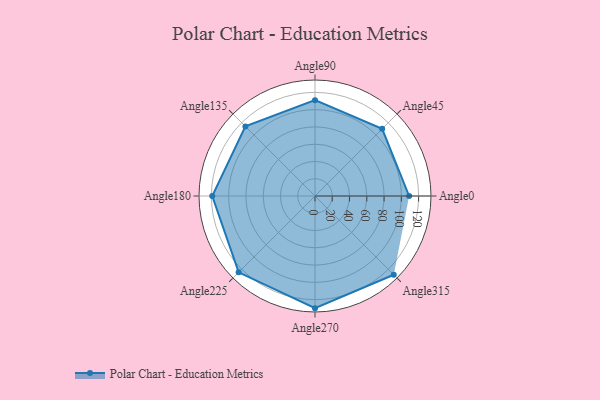
{"axis": {"x": "Angle", "y": "Radius"}, "legend": [""], "data": [{"x": "Angle0", "y": 109.0, "type": ""}, {"x": "Angle45", "y": 110.0, "type": ""}, {"x": "Angle90", "y": 111.0, "type": ""}, {"x": "Angle135", "y": 114.0, "type": ""}, {"x": "Angle180", "y": 119.0, "type": ""}, {"x": "Angle225", "y": 125.0, "type": ""}, {"x": "Angle270", "y": 130.0, "type": ""}, {"x": "Angle315", "y": 129.0, "type": ""}]}